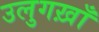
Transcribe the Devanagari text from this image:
उलुगख़ाँ